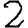
Digit: 2